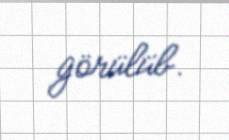
görülüb.